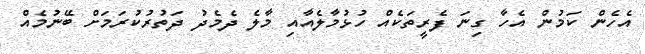
އެހެން ކަމުން އެހާ ގިނަ ފެރީތަކެއް ހުޅުމާލެއާއި މާލެ ދެމެދު ދަތުރުކުރަމަށް ބޭނުމެއް